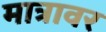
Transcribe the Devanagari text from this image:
मात्रावर